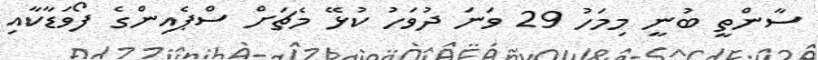
ސާންތީ ބުނީ މިމަހު 29 ވަނަ ދުވަހު ކުޅޭ މެޗަށް ސްޕެއިންގެ ފޯވަޑާކާއި